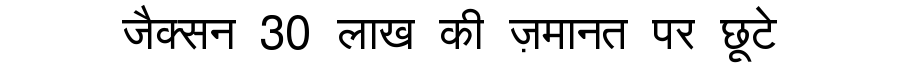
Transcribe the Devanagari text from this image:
जैक्सन 30 लाख की ज़मानत पर छूटे